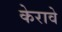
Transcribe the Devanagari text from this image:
केरावे